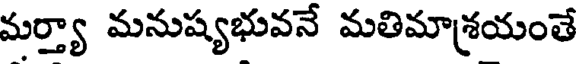
మర్త్యా మనుష్యభువనే మతిమాశ్రయంతే